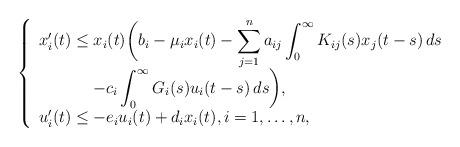
LaTeX: \begin{align*}\left\{\begin{array}{ll}\displaystyle{x_i^{\prime}(t)\le x_i(t)\biggl(b_i-\mu_i x_i(t)-\sum_{j=1}^n a_{ij} \int_0^{\infty}K_{ij}(s)x_j(t-s)\, ds} \\\ \ \ \ \ \ \ \ \ \ \displaystyle{-c_i \int_0^{\infty}G_i(s)u_i(t-s)\, ds\biggr)}, \\\displaystyle{u_i^{\prime}(t)\le -e_i u_i(t)+d_i x_i(t), i=1,\ldots,n}, \\\end{array}\right.\end{align*}